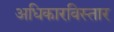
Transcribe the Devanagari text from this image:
अधिकारविस्तार